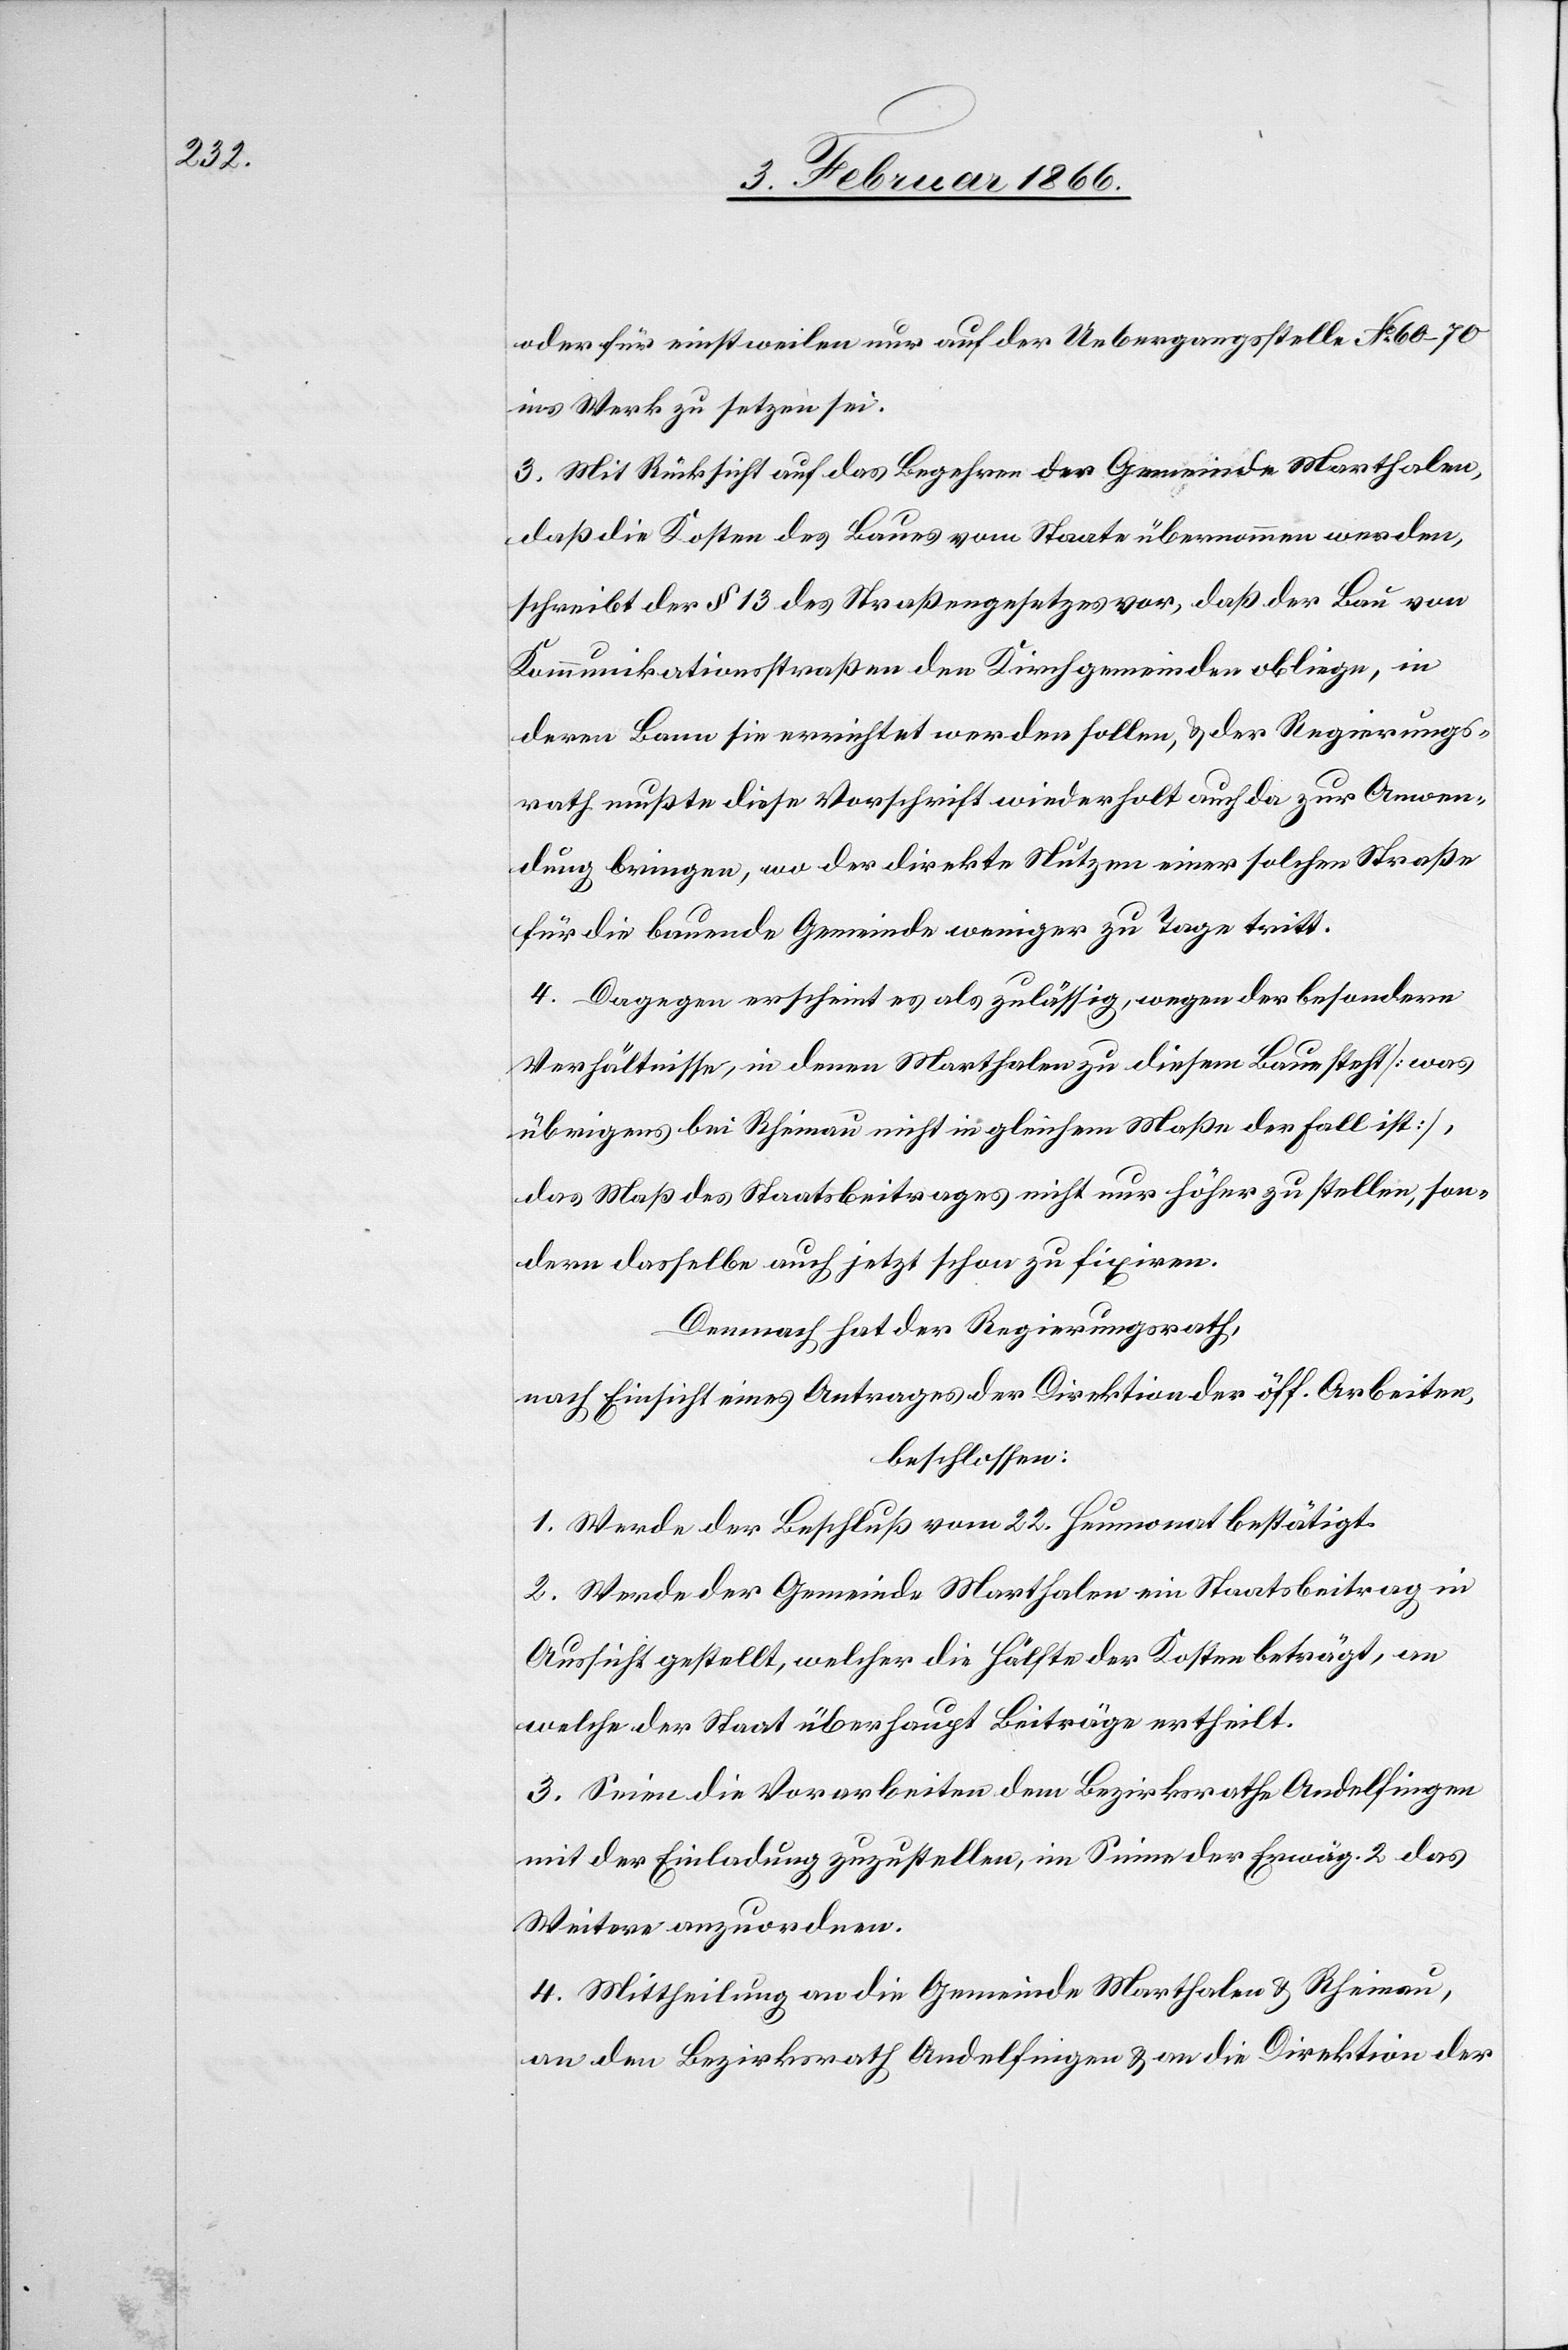
oder für einstweilen nur auf der Uebergangsstelle No. 60–70
ins Werk zu setzen sei.
3. Mit Rücksicht auf das Begehren der Gemeinde Marthalen,
daß die Kosten des Baues vom Staate übernommen werden,
schreibt der § 13 des Straßengesetzes vor, daß der Bau von
Kommunikationsstraßen den Kirchgemeinden obliege, in
deren Bann sie errichtet werden sollen, u. der Regierungs¬
rath mußte diese Vorschrift wiederholt auch da zur Anwen¬
dung bringen, wo der direkte Nutzen einer solchen Straße
für die bauende Gemeinde weniger zu Tage tritt.
4. Dagegen erscheint es als zulässig, wegen der besondern
Verhältnisse, in denen Marthalen zu diesem Baue steht [was
übrigens bei Rheinau nicht in gleichem Maße der Fall ist],
das Maß des Staatsbeitrages nicht nur höher zu stellen, son¬
dern dasselbe auch jetzt schon zu fixiren.
Demnach hat der Regierungsrath,
nach Einsicht eines Antrages der Direktion der öff. Arbeiten,
beschlossen:
1. Werde der Beschluß vom 22. Heumonat bestätigt.
2. Werde der Gemeinde Marthalen ein Staatsbeitrag in
Aussicht gestellt, welcher die Hälfte der Kosten beträgt, an
welcher der Staat überhaupt Beiträge ertheilt.
3. Seien die Vorarbeiten dem Bezirksrath Andelfingen
mit der Einladung zuzustellen, im Sinne der Erwäg. 2 das
Weitere anzuordnen.
4. Mittheilung an die Gemeinde Marthalen u. Rheinau,
an den Bezirksrath Andelfingen u. an die Direktion der